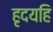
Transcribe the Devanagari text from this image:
हृदयहि